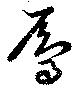
鳲